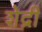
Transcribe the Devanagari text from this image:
शेद्री